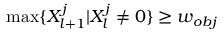
\operatorname* { m a x } \{ X _ { l + 1 } ^ { j } | X _ { l } ^ { j } \neq 0 \} \ge w _ { o b j }